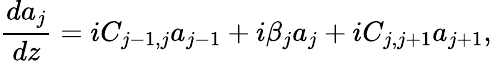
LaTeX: \frac{da_{j}}{dz}=iC_{j-1,j}a_{j-1}+i\beta_{j}a_{j}+iC_{j,j+1}a_{j+1},